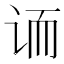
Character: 𲂈